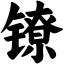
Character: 镣